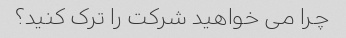
چرا می خواهید شرکت را ترک کنید؟